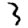
Digit: 3